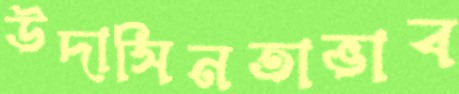
উদাসিনতাভাব